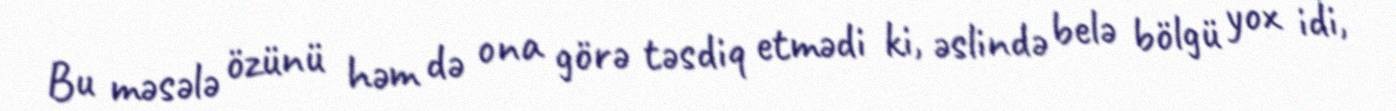
Bu məsələ özünü həm də ona görə təsdiq etmədi ki, əslində belə bölgü yox idi,